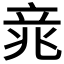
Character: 𱷥